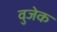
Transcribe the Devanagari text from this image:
वुजेक